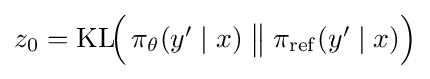
{\textstyle z_{0}=\mathrm {KL} \!{\Bigl (}\,\pi _{\theta }(y'\mid x)\;{\big \Vert }\;\pi _{\mathrm {ref} }(y'\mid x){\Bigr )}}